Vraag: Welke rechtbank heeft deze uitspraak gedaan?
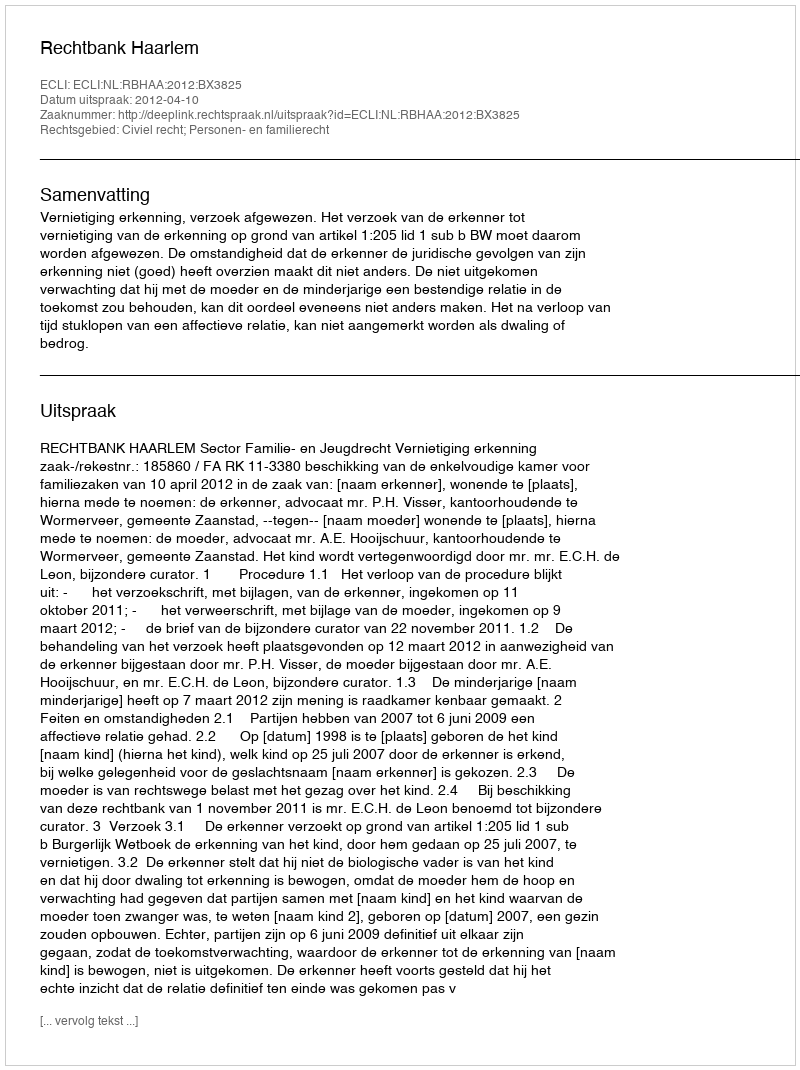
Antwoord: Rechtbank Haarlem